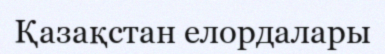
Қазақстан елордалары